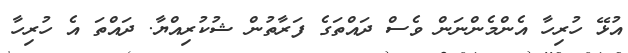
އުޅޭ ހުރިހާ އެންމެންނަން ވެސް ދައްތަގެ ފަރާތުން ޝުކުރިއްޔާ. ދައްތަ އެ ހުރިހާ